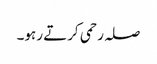
صلہ رحمی کرتے رہو۔